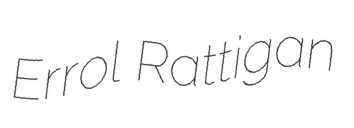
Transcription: Errol Rattigan